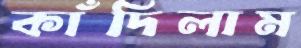
কাঁদিলাম